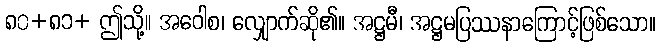
၈၀+၈၁+ ဤသို့။ အဝေါစ၊ လျှောက်ဆို၏။ အဋ္ဌမီ၊ အဋ္ဌမပြဿနာကြောင့်ဖြစ်သော။